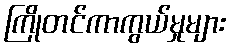
ကြိုတင်ကာကွယ်မှုများ